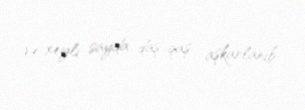
və xeyli sayda daş-qaş aşkarlanıb.